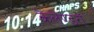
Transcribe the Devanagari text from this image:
कैलेण्डरों